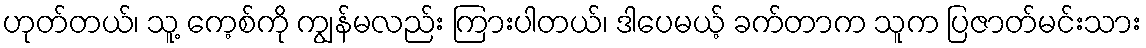
ဟုတ်တယ်၊ သူ့ ကေ့စ်ကို ကျွန်မလည်း ကြားပါတယ်၊ ဒါပေမယ့် ခက်တာက သူက ပြဇာတ်မင်းသား